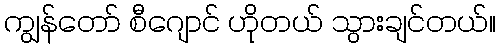
ကျွန်တော် စီဂျောင် ဟိုတယ် သွားချင်တယ်။